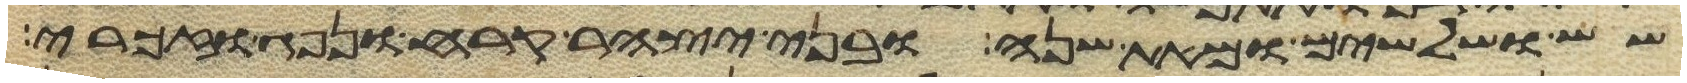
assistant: שש ושלשים ומאת שנה ובני יצהר קרח ונפג וזכרי